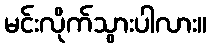
မင်းလိုက်သွားပါလား။